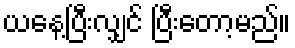
ယနေ့ပြီးလျှင် ပြီးတော့မည်။